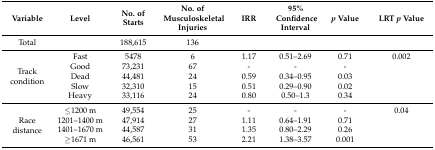
<table><thead><tr><td><b>Variable</b></td><td><b>Level</b></td><td><b>No. of Starts</b></td><td><b>No. of Musculoskeletal Injuries</b></td><td><b>IRR</b></td><td><b>95% Confidence Interval</b></td><td><b><i>p</i> Value</b></td><td><b>LRT <i>p</i> Value</b></td></tr></thead><tbody><tr><td>Total</td><td></td><td>188,615</td><td>136</td><td></td><td></td><td></td><td></td></tr><tr><td rowspan="5">Track condition</td><td>Fast</td><td>5478</td><td>6</td><td>1.17</td><td>0.51–2.69</td><td>0.71</td><td>0.002</td></tr><tr><td>Good</td><td>73,231</td><td>67</td><td>-</td><td>-</td><td>-</td><td></td></tr><tr><td>Dead</td><td>44,481</td><td>24</td><td>0.59</td><td>0.34–0.95</td><td>0.03</td><td></td></tr><tr><td>Slow</td><td>32,310</td><td>15</td><td>0.51</td><td>0.29–0.90</td><td>0.02</td><td></td></tr><tr><td>Heavy</td><td>33,116</td><td>24</td><td>0.80</td><td>0.50–1.3</td><td>0.34</td><td></td></tr><tr><td rowspan="4">Race distance</td><td>≤1200 m</td><td>49,554</td><td>25</td><td>-</td><td>-</td><td>-</td><td>0.04</td></tr><tr><td>1201–1400 m</td><td>47,914</td><td>27</td><td>1.11</td><td>0.64–1.91</td><td>0.71</td><td></td></tr><tr><td>1401–1670 m</td><td>44,587</td><td>31</td><td>1.35</td><td>0.80–2.29</td><td>0.26</td><td></td></tr><tr><td>≥1671 m</td><td>46,561</td><td>53</td><td>2.21</td><td>1.38–3.57</td><td>0.001</td><td></td></tr></tbody></table>